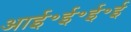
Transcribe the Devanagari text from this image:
आई॰ई॰ई॰ई